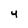
Character: 4